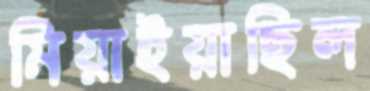
মিয়াইয়াছিল